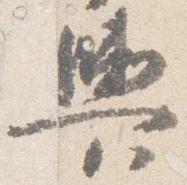
輿